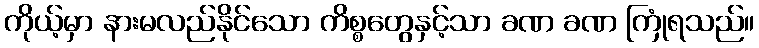
ကိုယ့်မှာ နားမလည်နိုင်သော ကိစ္စတွေနှင့်သာ ခဏ ခဏ ကြုံရသည်။